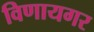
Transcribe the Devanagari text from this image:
विणायगर